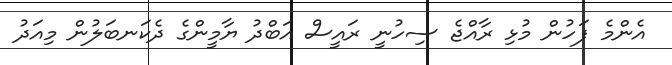
އެންމެ ފަހުން މުޅި ރާއްޖެ ސިހުނީ ރައީސް އަބްދު ޔާމީންގެ ދެކަނބަލުން މިއަދު